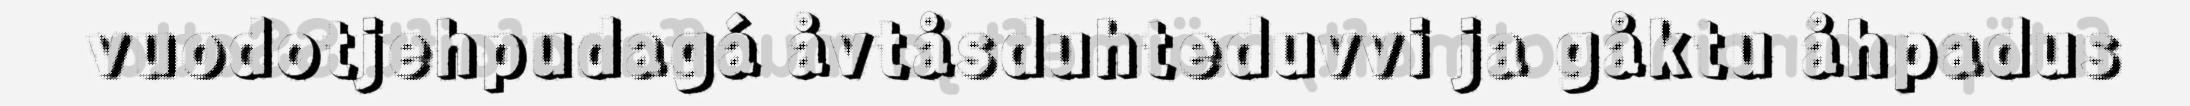
vuodotjehpudagá åvtåsduhteduvvi ja gåktu åhpadus